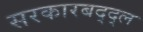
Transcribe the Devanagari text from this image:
सरकारबद्द्ल